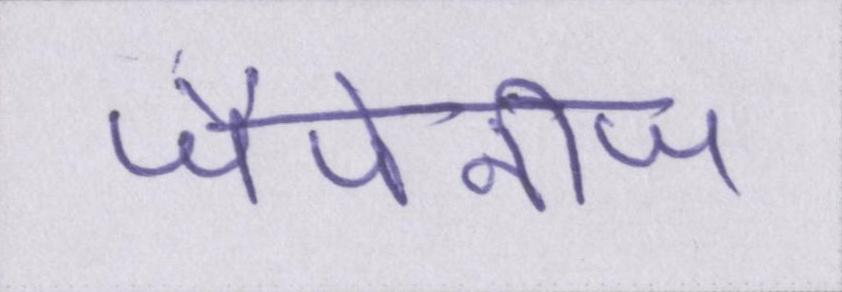
जैपेनीज